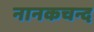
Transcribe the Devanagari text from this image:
नानकचन्द